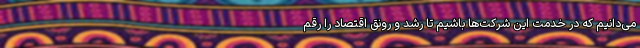
می‌دانیم که در خدمت این شرکت‌ها باشیم تا رشد و رونق اقتصاد را رقم